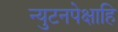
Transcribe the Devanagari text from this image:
न्युटनपेक्षाहि